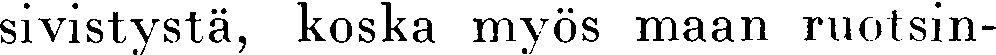
sivistystä, koska myös maan ruotsin-